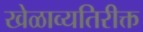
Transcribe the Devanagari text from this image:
खेळाव्यतिरीक्त